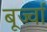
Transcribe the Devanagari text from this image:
बूर्ज्वा